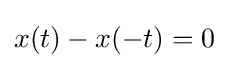
x(t)-x(-t)=0